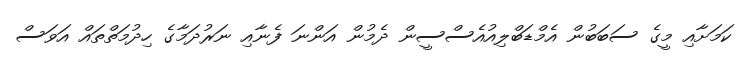
ކަމަށާއި މީގެ ސަބަބުން އެމްޑަބްލިއުއެސްސީން ދެމުން އަންނަ ފެނާއި ނަރުދަމާގެ ހިދުމަތްތައް އަވަސް